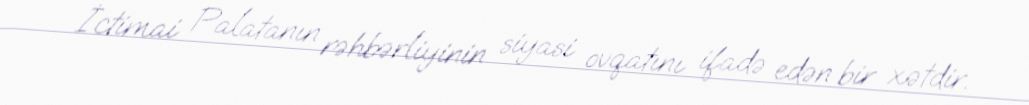
İctimai Palatanın rəhbərliyinin siyasi ovqatını ifadə edən bir xətdir.